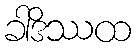
ခါဒိဿထ